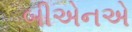
બીએનએ